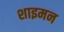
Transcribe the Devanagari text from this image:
शाइमन